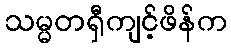
သမ္မတရှီကျင့်ဖိန်က